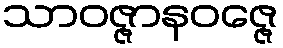
သာဝဇ္ဇာနဝဇ္ဇေ